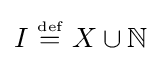
I~{\stackrel {\scriptscriptstyle {\text{def}}}{=}}~X\cup \mathbb {N}